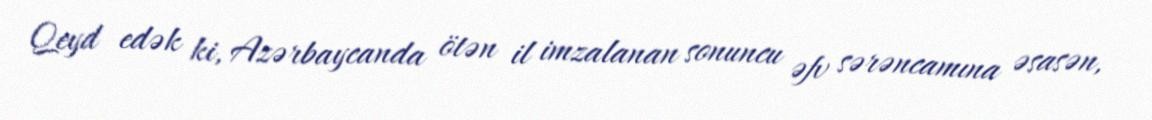
Qeyd edək ki, Azərbaycanda ötən il imzalanan sonuncu əfv sərəncamına əsasən,